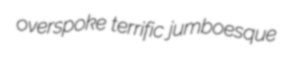
overspoke terrific jumboesque